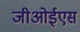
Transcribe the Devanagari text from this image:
जीओईएस